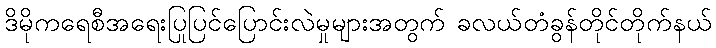
ဒိမိုကရေစီအရေးပြုပြင်ပြောင်းလဲမှုများအတွက် ခလယ်တံခွန်တိုင်တိုက်နယ်